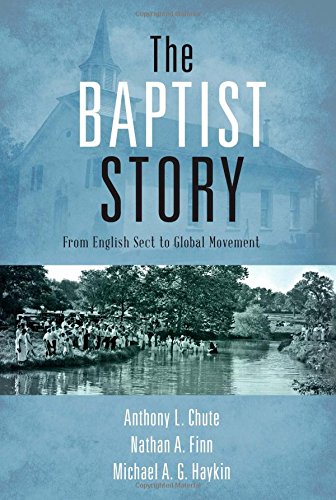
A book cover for The Baptist Story: From English Sect to Global Movement; Dr. Anthony L. Chute; Christian Books & Bibles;